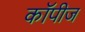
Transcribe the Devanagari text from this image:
कॉपीज